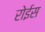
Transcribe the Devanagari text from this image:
रोईस